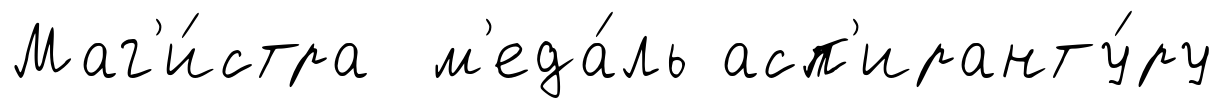
Маг'и́стра м'еда́ль асп'иранту́ру